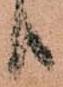
り